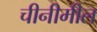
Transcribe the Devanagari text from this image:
चीनीमील